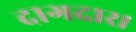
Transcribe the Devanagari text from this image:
दागदार।